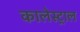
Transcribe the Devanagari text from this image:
कालेस्ट्राल